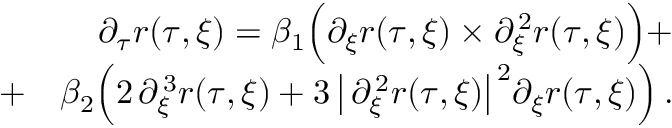
\begin{array} { r l r } { ~ } & { { } ~ } & { ~ \partial _ { \tau } { \boldsymbol { r } } ( \tau , \xi ) = \beta _ { 1 } \Bigl ( \partial _ { \xi } { \boldsymbol { r } } ( \tau , \xi ) \times \partial _ { \xi } ^ { \, 2 } { \boldsymbol { r } } ( \tau , \xi ) \Bigr ) + } \\ { ~ ~ } & { { } + } & { \beta _ { 2 } \Bigl ( 2 \, \partial _ { \xi } ^ { \, 3 } { \boldsymbol { r } } ( \tau , \xi ) + { 3 } \, \bigl \vert \, \partial _ { \xi } ^ { \, 2 } { \boldsymbol { r } } ( \tau , \xi ) \bigr \vert ^ { \, 2 } \partial _ { \xi } { \boldsymbol { r } } ( \tau , \xi ) \Bigr ) \, . } \end{array}